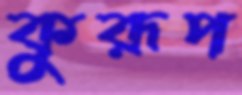
কুরূপ